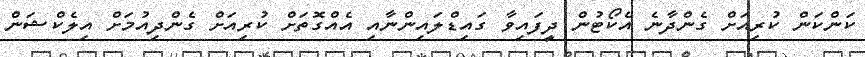
ކަންކަން ކުރިއަށް ގެންދާނެ އެކޯޓުން ދީފައިވާ ގައިޑްލައިންނާއި އެއްގޮތަށް ކުރިއަށް ގެންދިއުމަށް އިލެކްޝަން